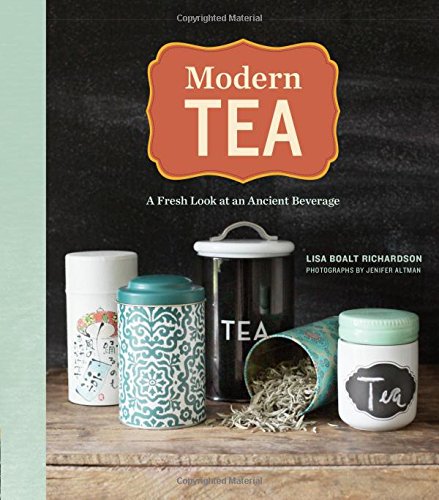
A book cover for Modern Tea: A Fresh Look at an Ancient Beverage; Lisa Boalt Richardson; Cookbooks, Food & Wine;